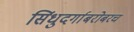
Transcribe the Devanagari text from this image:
सिंधुदर्गाबरोबरच